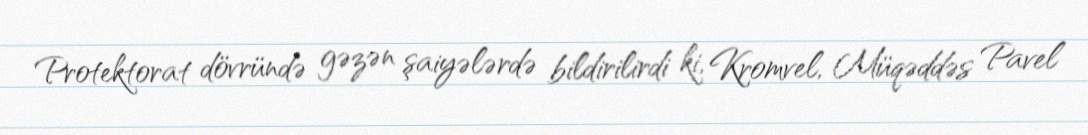
Protektorat dövründə gəzən şaiyələrdə bildirilirdi ki, Kromvel, Müqəddəs Pavel